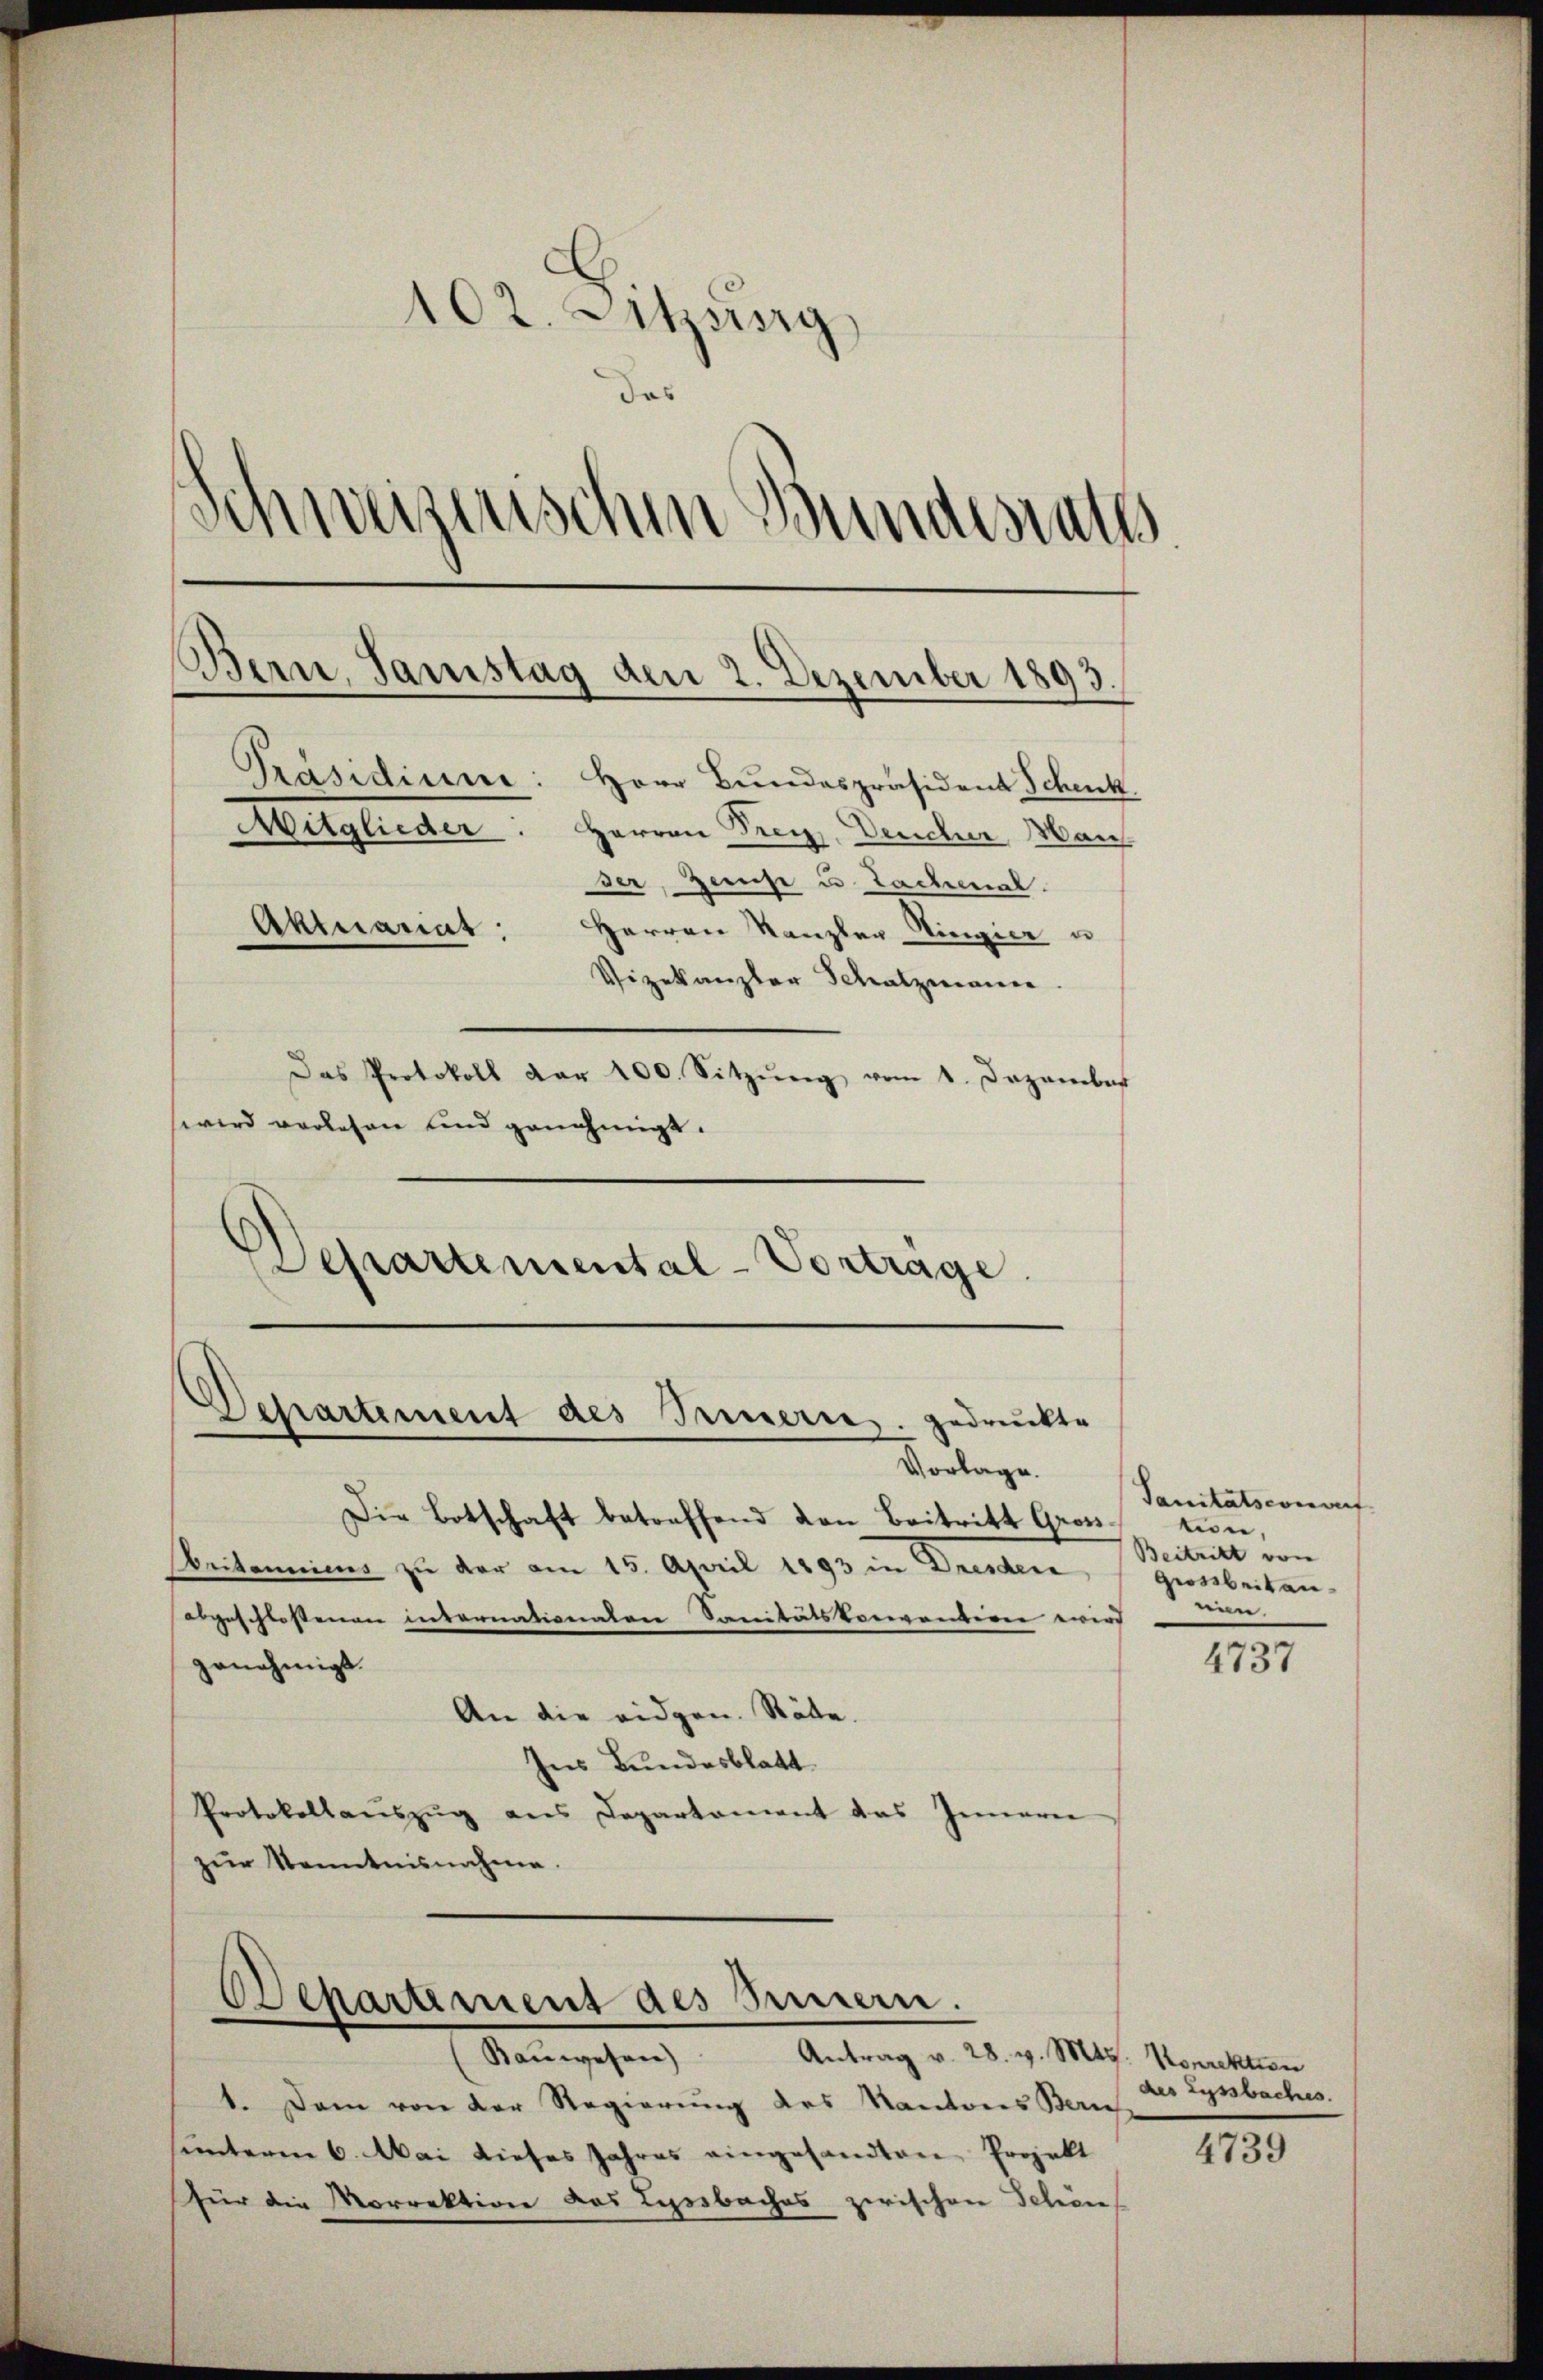
102. Sitzung
Schweizerischen Bundesraths
Bern, Samstag den 2. Dezember 1893.
Präsidium: Herr Bundespräsident Schenk
Mitglieder: Herren Frey, Deucher, Man
ser, Zinse u Lachmal.
Aktuariat
Herren Kanzler Ringier u
Vizekanzler Schatzmann.
Das Protokoll dar 200. Sitzŭng vom 1. Dezember
wird verlesen und genehmigt.

Departemental-Vortrage.

Departement des Innern gedruckte
Vorlage.

Departement des Benen.
Rauwesen)

1. Dem von der Regierung des Kantons Zürich
sunterm 6. Mai dieses Jahres eingesandten Projekt
für die Morrektion das Lyosbaches zwischen Schön

Die Botschaft betreffend den Beitritt Gross-
Aritamines zu der am 15. April 1893 in Dresden
abgeschlossenen internationaten Sanitätskonvention wird
genehmigt.
An die eidgen. Räte.
Ins Bundesblatt
Protokollaŭszŭg ans Departament das Inneren
zur Kenntnisnahme.

Antrag v. 28. v. Mts. Korrektion
des Lyssbaches.
4739

Sanitätsconouf
tion
Beitritt von
Giorbeiten
nien.

.
4731